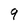
Character: 9